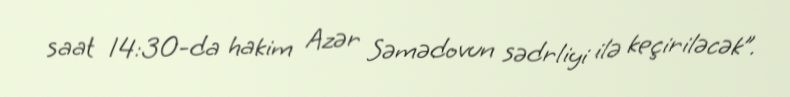
saat 14:30-da hakim Azər Səmədovun sədrliyi ilə keçiriləcək”.